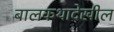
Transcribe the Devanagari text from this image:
बालकथादेखील